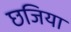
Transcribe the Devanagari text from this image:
छजिया